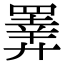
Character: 𢍰